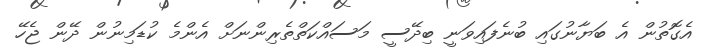
އެގޮތުން އެ ބަޔާނުގައި ބުނެފައިވަނީ ބިދޭސީ މަސައްކަތްތެރިންނަށް އެންމެ ކުޑަމިނުން ދޭން ޖެހޭ